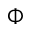
\Phi